Indian journal of veterinary science and animal husbandry - Volume 14,
Year: 1944
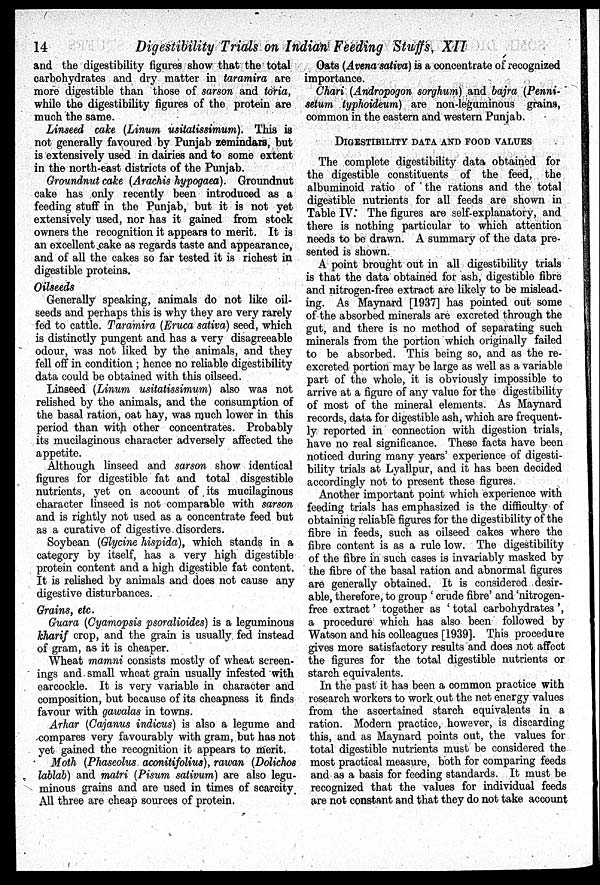
14
Digestibility Trials on Indian Feeding Stuffs, XII
and the digestibility figures show that the total
carbohydrates and dry matter in taramira are
more digestible than those of sarson and toria,
while the digestibility figures of the protein are
much the same.
Linseed cake (Linum usitatissimum). This is
not generally favoured by Punjab zemindars, but
is extensively used in dairies and to some extent
in the north-east districts of the Punjab.
Groundnut cake (Arachis hypogaea). Groundnut
cake has only recently been introduced as a
feeding stuff in the Punjab, but it is not yet
extensively used, nor has it gained from stock
owners the recognition it appears to merit. It is
an excellent cake as regards taste and appearance,
and of all the cakes so far tested it is richest in
digestible proteins.
Oilseeds
Generally speaking, animals do not like oil-
seeds and perhaps this is why they are very rarely
fed to cattle. Taramira (Eruca sativa) seed, which
is distinctly pungent and has a very disagreeable
odour, was not liked by the animals, and they
fell off in condition; hence no reliable digestibility
data could be obtained with this oilseed.
Linseed (Linum usitatissimum) also was not
relished by the animals, and the consumption of
the basal ration, oat hay, was much lower in this
period than with other concentrates. Probably
its mucilaginous character adversely affected the
appetite.
Although linseed and sarson show identical
figures for digestible fat and total disgestible
nutrients, yet on account of its mucilaginous
character linseed is not comparable with sarson
and is rightly not used as a concentrate feed but
as a curative of digestive disorders.
Soybean (Glycine hispida), which stands in a
category by itself, has a very high digestible
protein content and a high digestible fat content.
It is relished by animals and does not cause any
digestive disturbances.
Grains, etc.
Guara (Cyamopsis psoralioides) is a leguminous
kharif crop, and the grain is usually fed instead
of gram, as it is cheaper.
Wheat mamni consists mostly of wheat screen-
ings and small wheat grain usually infested with
earcockle. It is very variable in character and
composition, but because of its cheapness it finds
favour with gawalas in towns.
Arhar (Cajanus indicus) is also a legume and
compares very favourably with gram, but has not
yet gained the recognition it appears to merit.
Moth (Phaseolus aconitifolius), rawan (Dolichos
lablab) and matri (Pisum sativum) are also legu-
minous grains and are used in times of scarcity.
All three are cheap sources of protein.
Oats (Avena sativa) is a concentrate of recognized
importance.
Chari (Andropogon sorghum) and bajra (Penni-
setum typhoideum) are non-leguminous grains,
common in the eastern and western Punjab.
DIGESTIBILITY DATA AND FOOD VALUES
The complete digestibility data obtained for
the digestible constituents of the feed, the
albuminoid ratio of the rations and the total
digestible nutrients for all feeds are shown in
Table IV: The figures are self-explanatory, and
there is nothing particular to which attention
needs to be drawn. A summary of the data pre-
sented is shown.
A point brought out in all digestibility trials
is that the data obtained for ash, digestible fibre
and nitrogen-free extract are likely to be mislead-
ing. As Maynard [1937] has pointed out some
of the absorbed minerals are excreted through the
gut, and there is no method of separating such
minerals from the portion which originally failed
to be absorbed. This being so, and as the re-
excreted portion may be large as well as a variable
part of the whole, it is obviously impossible to
arrive at a figure of any value for the digestibility
of most of the mineral elements. As Maynard
records, data for digestible ash, which are frequent-
ly reported in connection with digestion trials,
have no real significance. These facts have been
noticed during many years' experience of digesti-
bility trials at Lyallpur, and it has been decided
accordingly not to present these figures.
Another important point which experience with
feeding trials has emphasized is the difficulty of
obtaining reliable figures for the digestibility of the
fibre in feeds, such as oilseed cakes where the
fibre content is as a rule low. The digestibility
of the fibre in such cases is invariably masked by
the fibre of the basal ration and abnormal figures
are generally obtained. It is considered desir-
able, therefore, to group 'crude fibre' and 'nitrogen-
free extract' together as 'total carbohydrates ',
a procedure which has also been followed by
Watson and his colleagues [1939]. This procedure
gives more satisfactory results and does not affect
the figures for the total digestible nutrients or
starch equivalents.
In the past it has been a common practice with
research workers to work out the net energy values
from the ascertained starch equivalents in a
ration. Modern practice, however, is discarding
this, and as Maynard points out, the values for
total digestible nutrients must be considered the
most practical measure, both for comparing feeds
and as a basis for feeding standards. It must be
recognized that the values for individual feeds
are not constant and that they do not take account